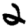
Digit: 2